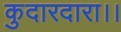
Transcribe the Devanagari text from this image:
कुदारदारा।।